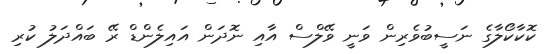
ކޮކާކޯލާގެ ނަސީބުވެރިން ވަނީ ވޭލްސް އާއި ނޮދަން އައިލެންޑް ރޭ ބައްދަލު ކުރި